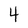
Character: 4